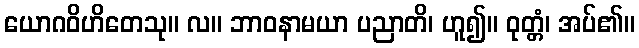
ယောဂဝိဟိတေသု။ လ။ ဘာဝနာမယာ ပညာတိ၊ ဟူ၍။ ဝုတ္တံ၊ အပ်၏။